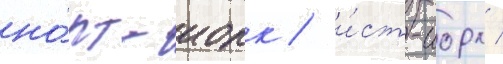
но́рт-иорк / и́ст-иорк /